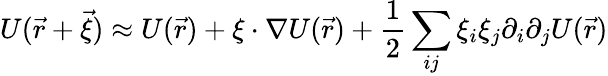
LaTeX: U({\vec{r}}+{\vec{\xi}})\approx U({\vec{r}})+\xi\cdot\nabla U({\vec{r}})+{\frac{1}{2}}\sum_{ij}\xi_{i}\xi_{j}\partial_{i}\partial_{j}U({\vec{r}})